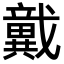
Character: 𢨞